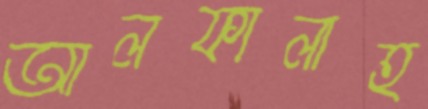
আলফালাহ